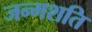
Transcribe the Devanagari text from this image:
जन्मशति